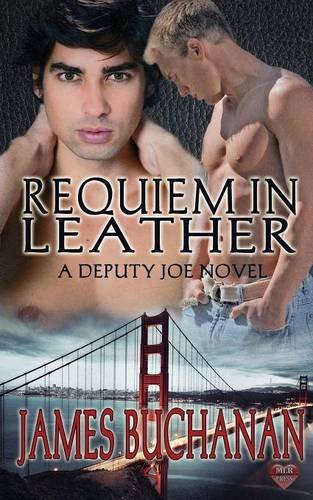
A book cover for Requiem In Leather; James Buchanan; Romance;